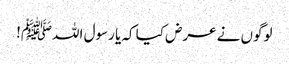
لوگوں نے عرض کیا کہ یا رسول اللہﷺ!